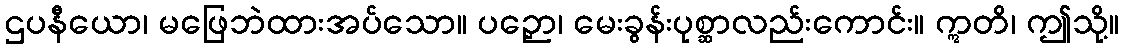
ဌပနီယော၊ မဖြေဘဲထားအပ်သော။ ပဉှော၊ မေးခွန်းပုစ္ဆာလည်းကောင်း။ ဣတိ၊ ဤသို့။